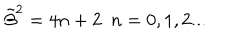
{ \tilde { \beta } } ^ { 2 } = 4 n + 2 \ \ n = 0 , 1 , 2 . . .